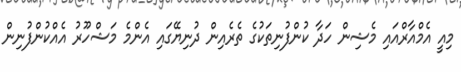
މިއީ އެމްއާރްއައި މެޝިން ހަދާ ކުންފުނިތަކުގެ ތެރެއިން ދުނިޔޭގައި އެންމެ މަޝްހޫރު އެއްކުންފުނިން